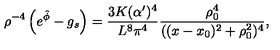
\rho ^ { - 4 } \left( e ^ { \hat { \phi } } - g _ { s } \right) = { \frac { 3 K ( \alpha ^ { \prime } ) ^ { 4 } } { L ^ { 8 } \pi ^ { 4 } } } { \frac { \rho _ { 0 } ^ { 4 } } { ( ( x - x _ { 0 } ) ^ { 2 } + \rho _ { 0 } ^ { 2 } ) ^ { 4 } } } ,